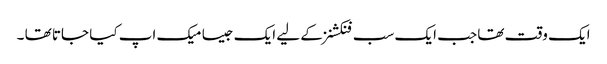
ایک وقت تھا جب ایک سب فنکشنز کے لیے ایک جیسا میک اپ کیا جاتا تھا ۔